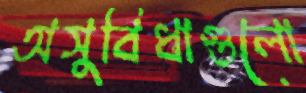
অসুবিধাগুলো